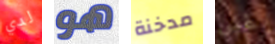
لدي هو مدخنة غبى